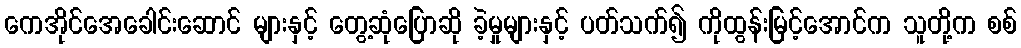
ကေအိုင်အေခေါင်းဆောင် များနှင့် တွေ့ဆုံပြောဆို ခဲ့မှုများနှင့် ပတ်သက်၍ ကိုထွန်းမြင့်အောင်က သူတို့က စစ်